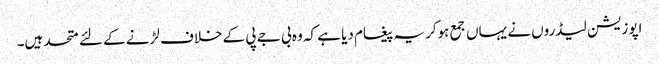
اپوزیشن لیڈروں نے یہاں جمع ہوکر یہ پیغام دیا ہے کہ وہ بی جے پی کے خلاف لڑنے کے لئے متحد ہیں۔